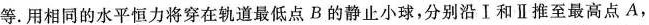
等.用相同的水平恒力将穿在轨道最低点B的静止小球，分别沿Ⅰ和Ⅱ推至最高点A，